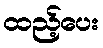
ထည့်ပေး